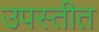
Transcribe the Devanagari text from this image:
उपस्तीत